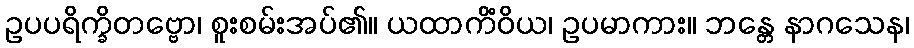
ဥပပရိက္ခိတဗ္ဗော၊ စူးစမ်းအပ်၏။ ယထာကိံဝိယ၊ ဥပမာကား။ ဘန္တေ နာဂသေန၊